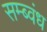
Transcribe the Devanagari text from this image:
सम्ब्वंध